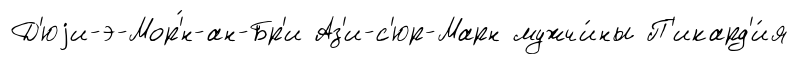
Д'юjи-э-Мор'́н-ан-Бр'и Аз'и-с'юр-Марн мужчи́ны П'икард'и́я